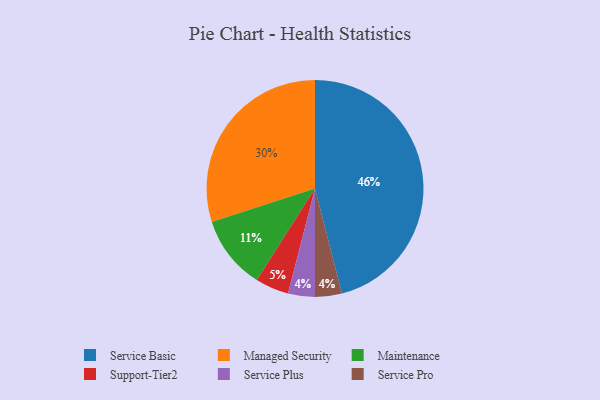
{"axis": {"x": "Category", "y": "Percentage"}, "legend": ["Maintenance", "Managed Security", "Service Basic", "Service Plus", "Service Pro", "Support-Tier2"], "data": [{"x": "Managed Security", "y": 30, "type": "Managed Security"}, {"x": "Service Plus", "y": 4, "type": "Service Plus"}, {"x": "Maintenance", "y": 11, "type": "Maintenance"}, {"x": "Service Pro", "y": 4, "type": "Service Pro"}, {"x": "Support-Tier2", "y": 5, "type": "Support-Tier2"}, {"x": "Service Basic", "y": 46, "type": "Service Basic"}]}